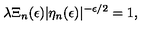
\lambda \Xi _ { n } ( \epsilon ) | \eta _ { n } ( \epsilon ) | ^ { - \epsilon / 2 } = 1 ,